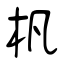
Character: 杋